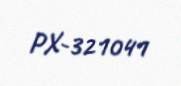
PX-321041